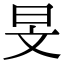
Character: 旻